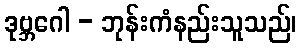
ဒုဗ္ဘဂေါ - ဘုန်းကံနည်းသူသည်၊